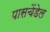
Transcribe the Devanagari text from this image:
पासचेंडेल